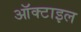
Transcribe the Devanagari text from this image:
ऑक्टाइल